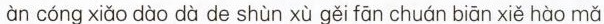
àn cóng xiǎo dào dà de shùn xù gěi fān chuán biān xiě hào mǎ